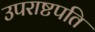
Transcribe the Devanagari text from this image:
उपराष्टपति